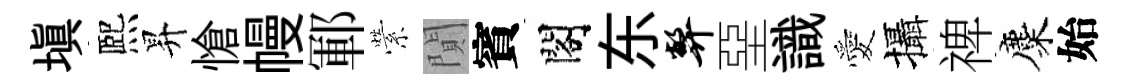
填熈昇愴幔鄆縈閴賓閣东弊堊識愛攝禆麋始